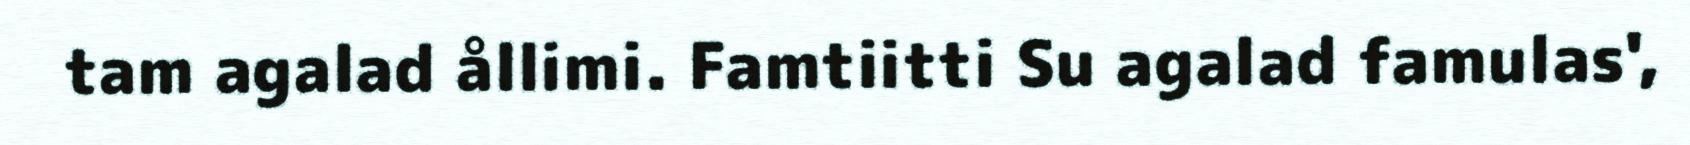
tam agalad ållimi. Famtiitti Su agalad famulas',